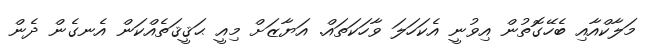
މަލާކްއާއި ބެހޭގޮތުން އިވުނީ އެކަހަލަ ވާހަކަތައް. އަޔާޒަށް މިއީ ޙަޤީޤަތެއްކަން އެނގެން ދެން